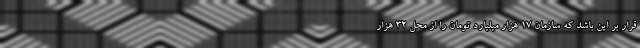
قرار بر این باشد که سازمان ۱۷ هزار میلیارد تومان را از محل ۳۲ هزار